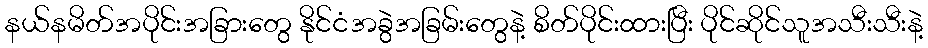
နယ်နမိတ်အပိုင်းအခြားတွေ နိုင်ငံအခွဲအခြမ်းတွေနဲ့ စိတ်ပိုင်းထားပြီး ပိုင်ဆိုင်သူအသီးသီးနဲ့